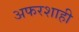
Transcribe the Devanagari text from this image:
अफरशाही